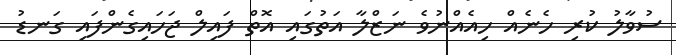
ސުވާލު ކުރި ހެނެއް ހިއެއްނުވެ ނަޒްލާ އަތުގައި އޮތް ފައިލް ޖަހައިގެންފައި ގަނޑު